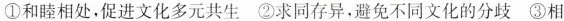
①和睦相处，促进文化多元共生 ②求同存异，避免不同文化的分歧 ③相